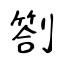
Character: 劄